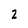
Character: Z